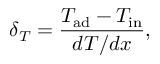
\delta _ { T } = \frac { T _ { \mathrm { a d } } - T _ { \mathrm { i n } } } { d T / d x } ,